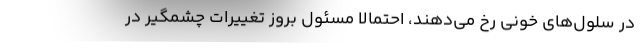
در سلول‌های خونی رخ می‌دهند، احتمالا مسئول بروز تغییرات چشمگیر در